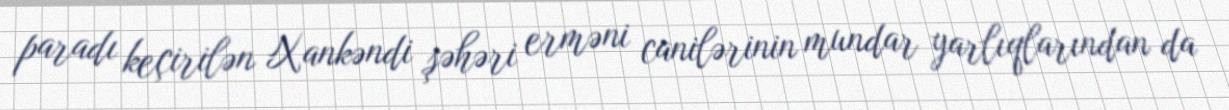
paradı keçirilən Xankəndi şəhəri erməni canilərinin mundar yarlıqlarından da